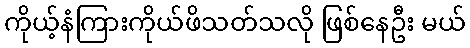
ကိုယ့်နံကြားကိုယ်ဖိသတ်သလို ဖြစ်နေဦး မယ်